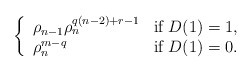
\begin{align*}\left\{ \begin{array}{ll}\rho_{n-1} \rho_n^{q(n-2)+r-1} & \mbox{if~} D(1)=1,\\ \rho_n^{m-q} & \mbox{if~} D(1)=0.\\\end{array}\right.\end{align*}